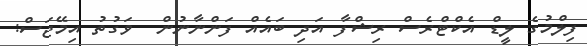
ފިލްމުގެ ލީޑް އެކްޓްރެސް ރިޝްފާ އަދި ބައެއް ފަންނާނުން  ވަގުތު އިމޭޖަސް: